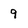
Character: 9